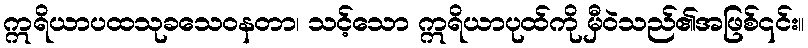
ဣရိယာပထသုခသေဝနတာ၊ သင့်သော ဣရိယာပုထ်ကို မှီဝဲသည်၏အဖြစ်၎င်း။